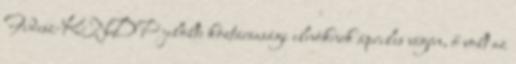
Fidesz-KNDP jelölte köztársasági elnöknek április végén, ő volt az